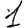
Digit: 1